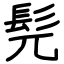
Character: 髡